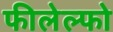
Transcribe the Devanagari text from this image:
फीलेल्फो